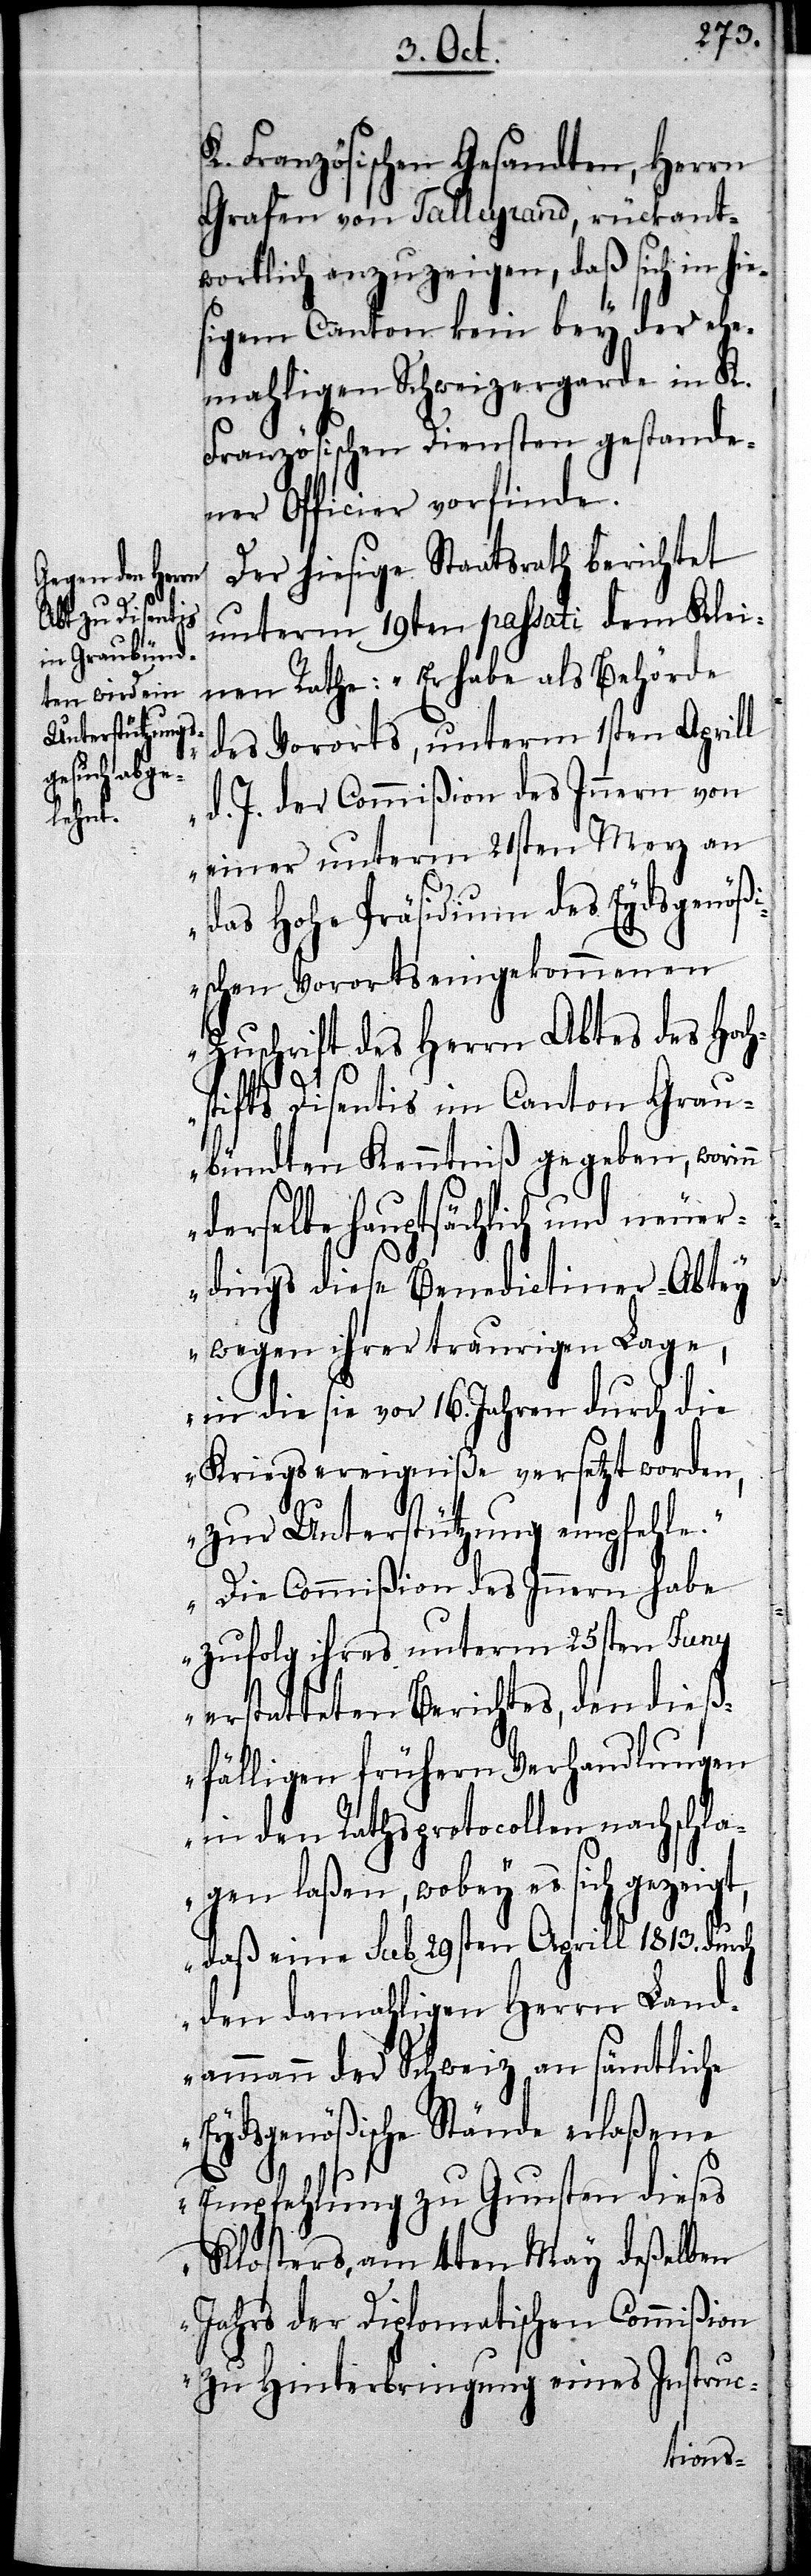
n

K. Französischen Gesandten, Herrn
Grafen von Talleyrand, rückant¬
wortlich anzuzeigen, daß sich in hie¬
sigem Canton kein bey der ehe¬
mahligen Schweizergarde in K.
Französischen Diensten gestande¬
ner Officier vorfinde.
Der hiesige Staatsrath berichtet
unterm 19ten passati dem Klei¬
nen Rathe: „Er habe als Behörde
des Vororts, unterm 1sten Aprill
d. J. der Commißion des Innern von
einer unterm 21sten Merz an
das Hohe Präsidium des Eydsgenößi¬
schen Vororts eingekommenen
Zuschrift des Herrn Abtes des Hoch¬
stifts Disentis im Canton Grau¬
bündten Kenntniß gegeben, worin¬
derselbe hauptsächlich und neuer¬
dings diese Benedictiner-Abtey
wegen ihrer traurigen Lage,
in die sie vor 16. Jahren durch die
Kriegsereigniße versetzt worden,
zur Unterstützung empfehle.
Die Commißion des Innern habe
zufolg ihres unterm 25sten Juny
erstatteten Berichtes, den dieß¬
fälligen frühern Verhandlungen
in den Rathsprotocollen nachschla¬
gen laßen, wobey es sich gezeigt,
daß eine sub 29sten Aprill 1813. durch
den damahligen Herrn Land¬
ammann der Schweiz an sämtliche
Eydsgenößische Stände erlaßene
Empfehlung zu Gunsten dieses
Klosters, am 4ten May deßelben
Jahrs der Diplomatischen Commißion
zu Hinterbringung eines Instruc-